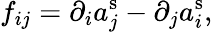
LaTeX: f_{ij}=\partial_{i}a_{j}^{\mathrm{s}}-\partial_{j}a_{i}^{\mathrm{s}},